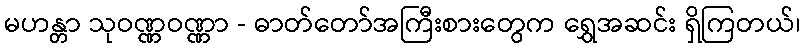
မဟန္တာ သုဝဏ္ဏဝဏ္ဏာ - ဓာတ်တော်အကြီးစားတွေက ရွှေအဆင်း ရှိကြတယ်၊